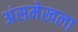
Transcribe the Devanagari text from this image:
अंसमेखला